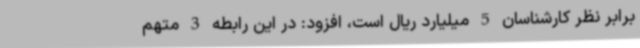
برابر نظر کارشناسان 5 میلیارد ریال است، افزود: در این رابطه 3 متهم